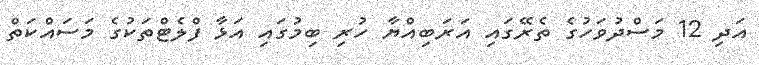
އަދި 12 މަސްދުވަހުގެ ތެރޭގައި އަރަބިއްޔާ ހުރި ބިމުގައި އަޅާ ފްލެޓްތަކުގެ މަސައްކަތް